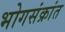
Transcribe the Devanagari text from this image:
भोगसंक्रांत